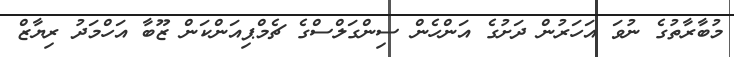
މުބާރާތުގެ ނުވަ އަހަރުން ދަށުގެ އަންހެން ސިންގަލްސްގެ ޗެމްޕިއަންކަން ޒޫބާ އަހްމަދު ރިޔާޒް